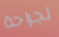
لجراحة